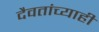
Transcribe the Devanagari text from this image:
दैवतांच्याही